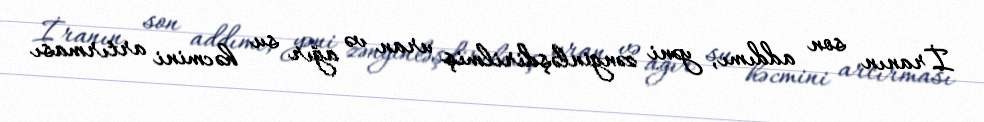
İranın son addımı, yəni zənginləşdirilmiş uran və ağır su həcmini artırması